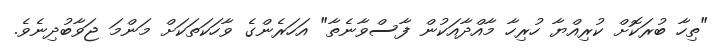
"ތިހާ ބުރަކޮށް ކުރިއްޔާ ހުރިހާ މާއްދާއަކުން ފާސްވާނެތާ" އަހަރެންގެ ވާހަކަތަކަށް މަންމަ ޖަވާބުދިނެވެ.